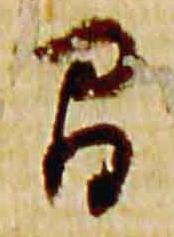
間